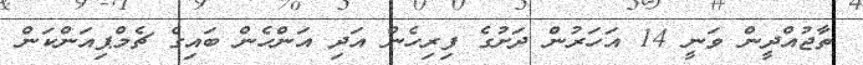
ތާޖުއްދީން ވަނީ 14 އަހަރުން ދަށުގެ ފިރިހެން އަދި އަންހެން ބައިގެ ޗެމްޕިއަންކަން